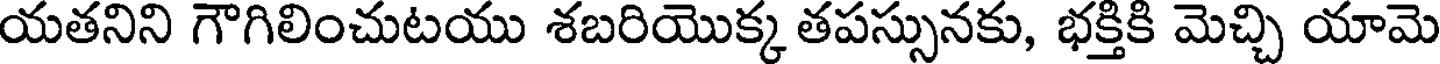
యతనిని గౌగిలించుటయు శబరియొక్క తపస్సునకు, భక్తికి మెచ్చి యామె